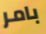
بامر